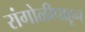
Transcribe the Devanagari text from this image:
रांगोळीपाहून